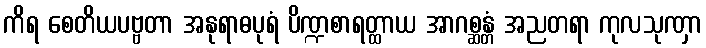
ကိရ စေတိယပဗ္ဗတာ အနုရာဓပုရံ ပိဏ္ဍစာရတ္ထာယ အာဂစ္ဆန္တံ အညတရာ ကုလသုဏှာ